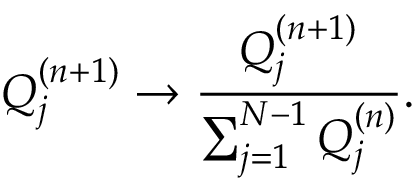
Q _ { j } ^ { ( n + 1 ) } \to \frac { Q _ { j } ^ { ( n + 1 ) } } { \sum _ { j = 1 } ^ { N - 1 } Q _ { j } ^ { ( n ) } } .